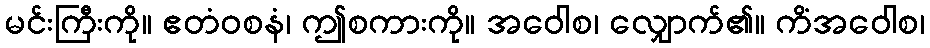
မင်းကြီးကို။ ဧတံဝစနံ၊ ဤစကားကို။ အဝေါစ၊ လျှောက်၏။ ကိံအဝေါစ၊